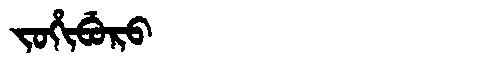
Manchu: ᠵᠣᡥᡳᠪᡠᡵᠣ
Romanization: JOHIBURO